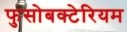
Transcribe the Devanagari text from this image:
फुसोबक्टेरियम